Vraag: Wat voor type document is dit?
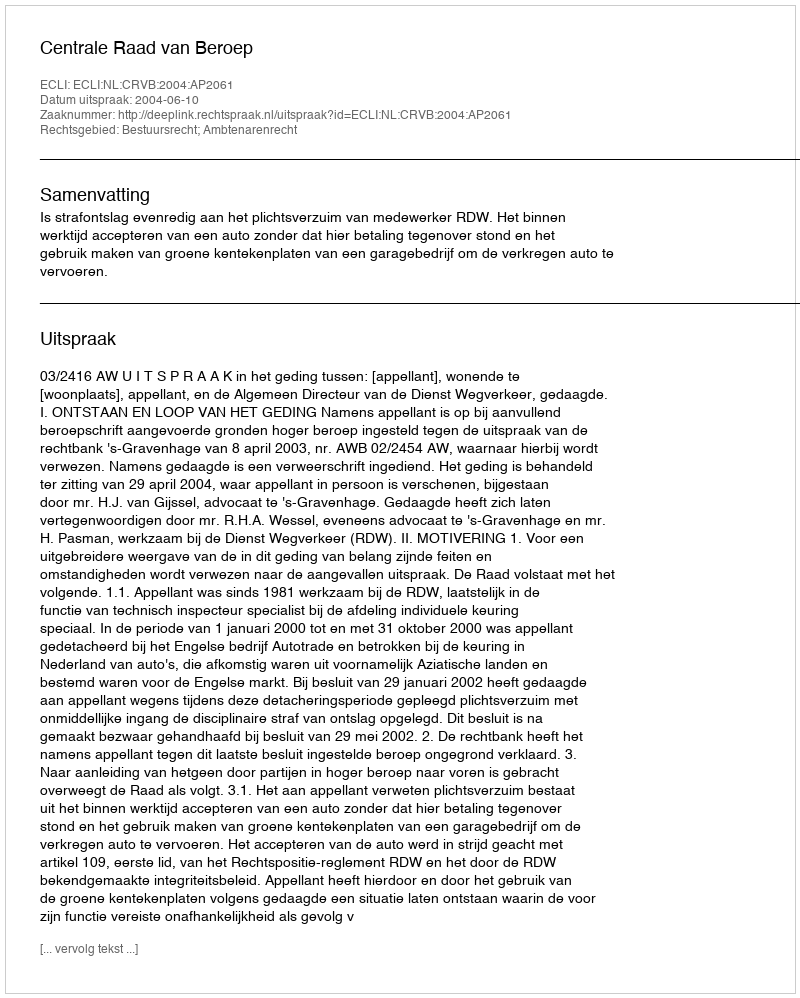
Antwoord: Uitspraak